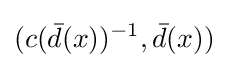
(c({\bar {d}}(x))^{-1},{\bar {d}}(x))